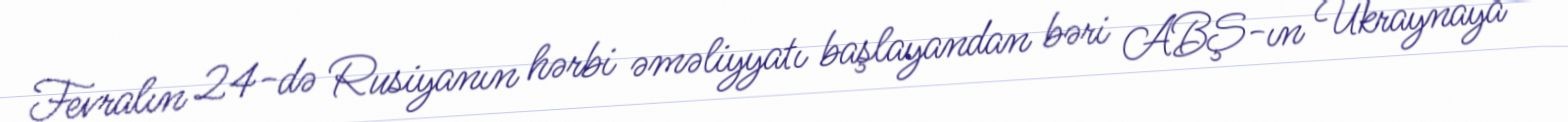
Fevralın 24-də Rusiyanın hərbi əməliyyatı başlayandan bəri ABŞ-ın Ukraynaya